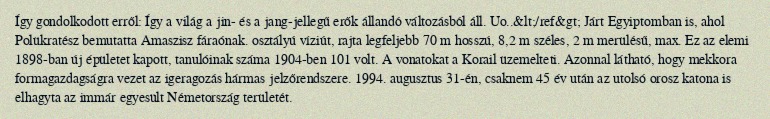
Így gondolkodott erről: Így a világ a jin- és a jang-jellegű erők állandó változásból áll. Uo..&lt;/ref&gt; Járt Egyiptomban is, ahol Polükratész bemutatta Amaszisz fáraónak. osztályú víziút, rajta legfeljebb 70 m hosszú, 8,2 m széles, 2 m merülésű, max. Ez az elemi 1898-ban új épületet kapott, tanulóinak száma 1904-ben 101 volt. A vonatokat a Korail üzemelteti. Azonnal látható, hogy mekkora formagazdagságra vezet az igeragozás hármas jelzőrendszere. 1994. augusztus 31-én, csaknem 45 év után az utolsó orosz katona is elhagyta az immár egyesült Németország területét.